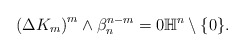
\begin{align*}\left( \Delta K_m\right)^m\wedge \beta_n ^{n-m}=0 \mathbb{H}^n\setminus \{0\}. \end{align*}